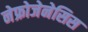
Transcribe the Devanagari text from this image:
नेफ्रोजेनेसिस